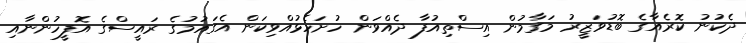
ދެކުނު ކޮރެއާގެ ބޮޑުވަޒީރު މަގާމުން އިސްތިއުފާ ދެއްވަން ހުށަހެޅުއްވިކަން އެގައުމުގެ ރައީސްގެ އޮފީހުންނާއި